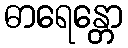
ဓာရေန္တော